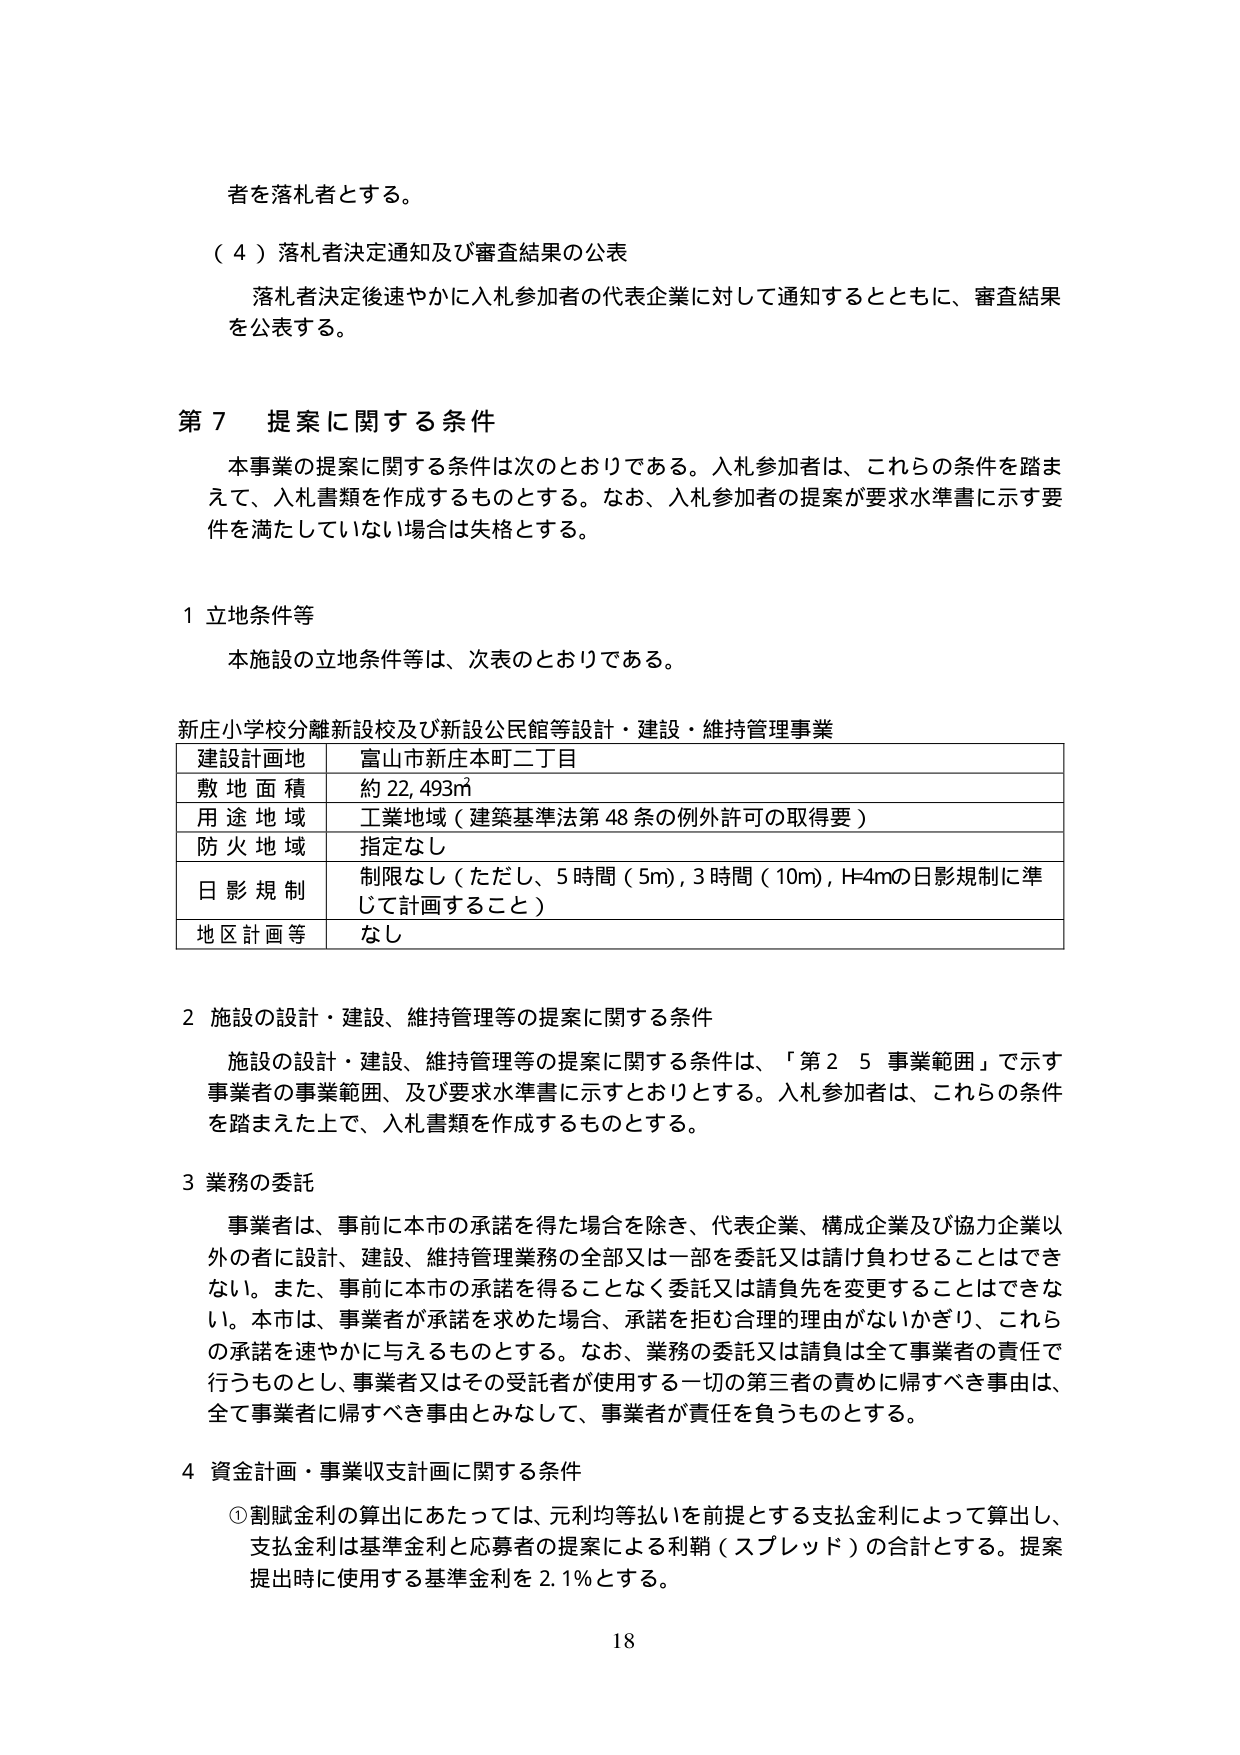
者を落札者とする。

（４）落札者決定通知及び審査結果の公表
落札者決定後速やかに入札参加者の代表企業に対して通知するとともに、審査結果を公表する。

第７ 提案に関する条件
本事業の提案に関する条件は次のとおりである。入札参加者は、これらの条件を踏まえて、入札書類を作成するものとする。なお、入札参加者の提案が要求水準書に示す要件を満たしていない場合は失格とする。

１ 立地条件等
本施設の立地条件等は、次表のとおりである。

新庄小学校分離新設校及び新設公民館等設計・建設・維持管理事業
| 建設計画地 | 富山市新庄本町二丁目 |
| 敷地面積 | 約 22,493㎡ |
| 用途地域 | 工業地域（建築基準法第48条の例外許可の取得要） |
| 防火地域 | 指定なし |
| 日影規制 | 制限なし（ただし、5時間（5m）、3時間（10m）、H4mの日影規制に準じて計画すること） |
| 地区計画等 | なし |

２ 施設の設計・建設、維持管理等の提案に関する条件
施設の設計・建設、維持管理等の提案に関する条件は、「第２ ５ 事業範囲」で示す事業者の事業範囲、及び要求水準書に示すとおりとする。入札参加者は、これらの条件を踏まえた上で、入札書類を作成するものとする。

３ 業務の委託
事業者は、事前に本市の承諾を得た場合を除き、代表企業、構成企業及び協力企業以外の者に設計、建設、維持管理業務の全部又は一部を委託又は請け負わせることはできない。また、事前に本市の承諾を得ることなく委託又は請負先を変更することはできない。本市は、事業者が承諾を求めた場合、承諾を拒む合理的理由がないかぎり、これらの承諾を速やかに与えるものとする。なお、業務の委託又は請負は全て事業者の責任で行うものとし、事業者又はその受託者が使用する一切の第三者の責めに帰すべき事由は、全て事業者に帰すべき事由とみなして、事業者が責任を負うものとする。

４ 資金計画・事業収支計画に関する条件
① 割賦金利の算出にあたっては、元利均等払いを前提とする支払金利によって算出し、支払金利は基準金利と応募者の提案による利鞘（スプレッド）の合計とする。提案提出時に使用する基準金利を 2.1％とする。

18